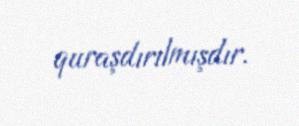
quraşdırılmışdır.